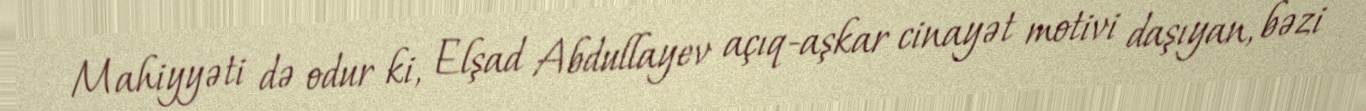
Mahiyyəti də odur ki, Elşad Abdullayev açıq-aşkar cinayət motivi daşıyan, bəzi